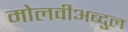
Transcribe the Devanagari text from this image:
मोलवीअब्दुल